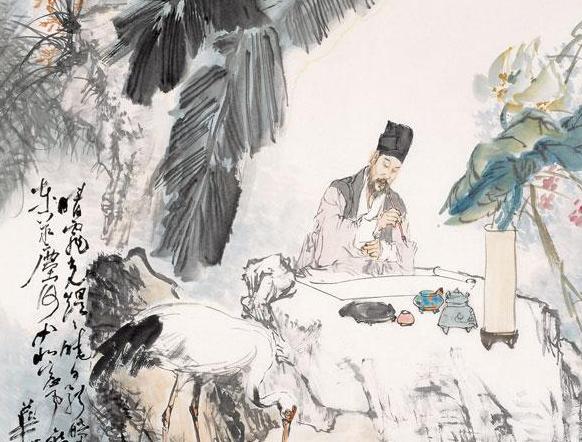
非我而当者，吾师也是我而当者。吾友也。